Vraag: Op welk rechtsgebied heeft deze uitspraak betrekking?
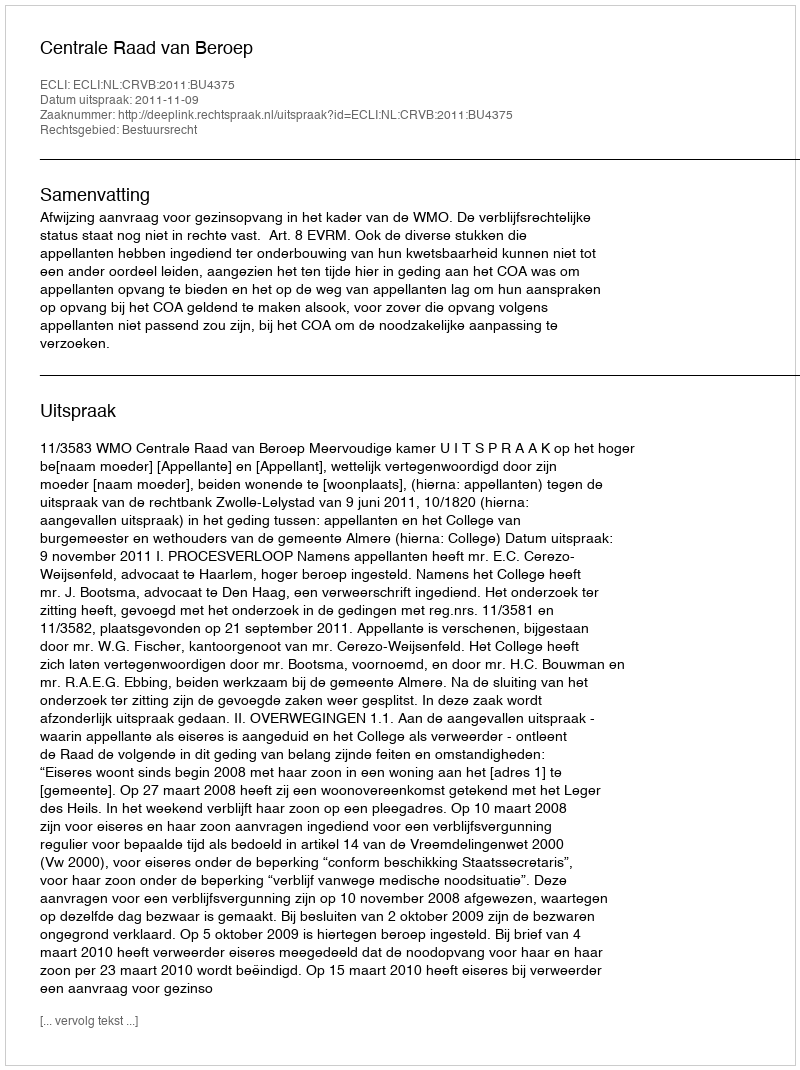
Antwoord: Bestuursrecht